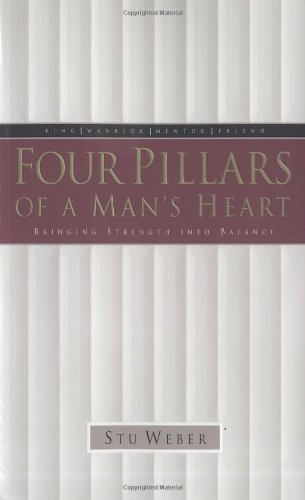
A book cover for Four Pillars of a Man's Heart: Bringing Strength into Balance; Stu Weber; Christian Books & Bibles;